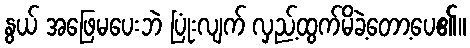
နွယ် အဖြေမပေးဘဲ ပြုံးလျက် လှည့်ထွက်မိခဲ့တော့ပေ၏။